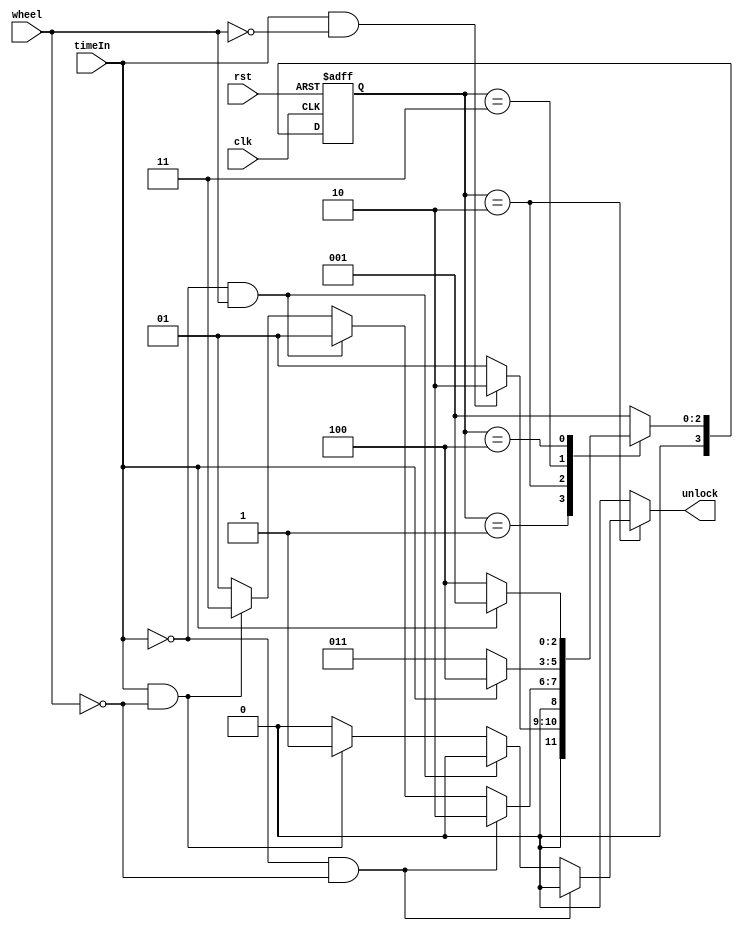
module ABS_mealy (rst,clk,timeIn,wheel,unlock);
	input rst, clk, timeIn, wheel;
	output reg unlock;
	
	//your design..
	reg[3:0] state;
    reg[3:0] next_state;
        
     parameter S0=4'b0001;
     parameter S1 =4'b0010;
     parameter S2 =4'b0011;
     parameter S3 =4'b0100;
     parameter S4=4'b0101;
            always @(posedge clk or posedge rst) begin
                if(rst)
                    state <= S0;
                else 
                    state <= next_state;
            end
            
            always @(*) begin
            //$display("In: %d state: %d next_state: %d \n ",timeIn,state,next_state);
                case (state) 
                    S0:    if(timeIn==1 && !wheel) begin
                            next_state=S1;
                            unlock=0;
                            end
                        else begin
                            next_state=S0;
                            unlock=0;
                            end
                    S1: 
                        if(timeIn==0 && wheel==0)begin
                            next_state=S1;
                            unlock=0;
                            end
                        else if(timeIn==0 && wheel==1)begin
                            next_state=S0;
                            unlock=0;
                            end
                         else if(timeIn==1 && wheel==0)begin
                            next_state=S2;
                            unlock=1;
                            end
                         else begin
                         next_state=S0;
                         unlock=0;
                         end
                    S2: begin
			if(timeIn==1)
                            next_state=S3;
			else
			next_state=S2;
                            unlock=0;
                         end
                    S3:begin
                        if(timeIn==1)
                        next_state=S0;
                        else
                        next_state=S3;
                        
                        unlock=0;
			end
		    default:begin
			next_state=S0;
			unlock=0;
			end
			

                endcase
            end
	
	
	
	
endmodule